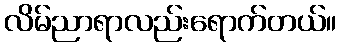
လိမ်ညာရာလည်းရောက်တယ်။